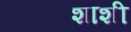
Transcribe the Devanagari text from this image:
शाशी